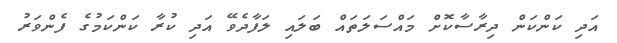
އަދި ކަންކަން ދިރާސާކޮށް މައްސަލަތައް ބަލައި ލަފާދެވޭ އަދި ކުރާ ކަންކަމުގެ ފެންވަރު